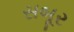
સબૂર